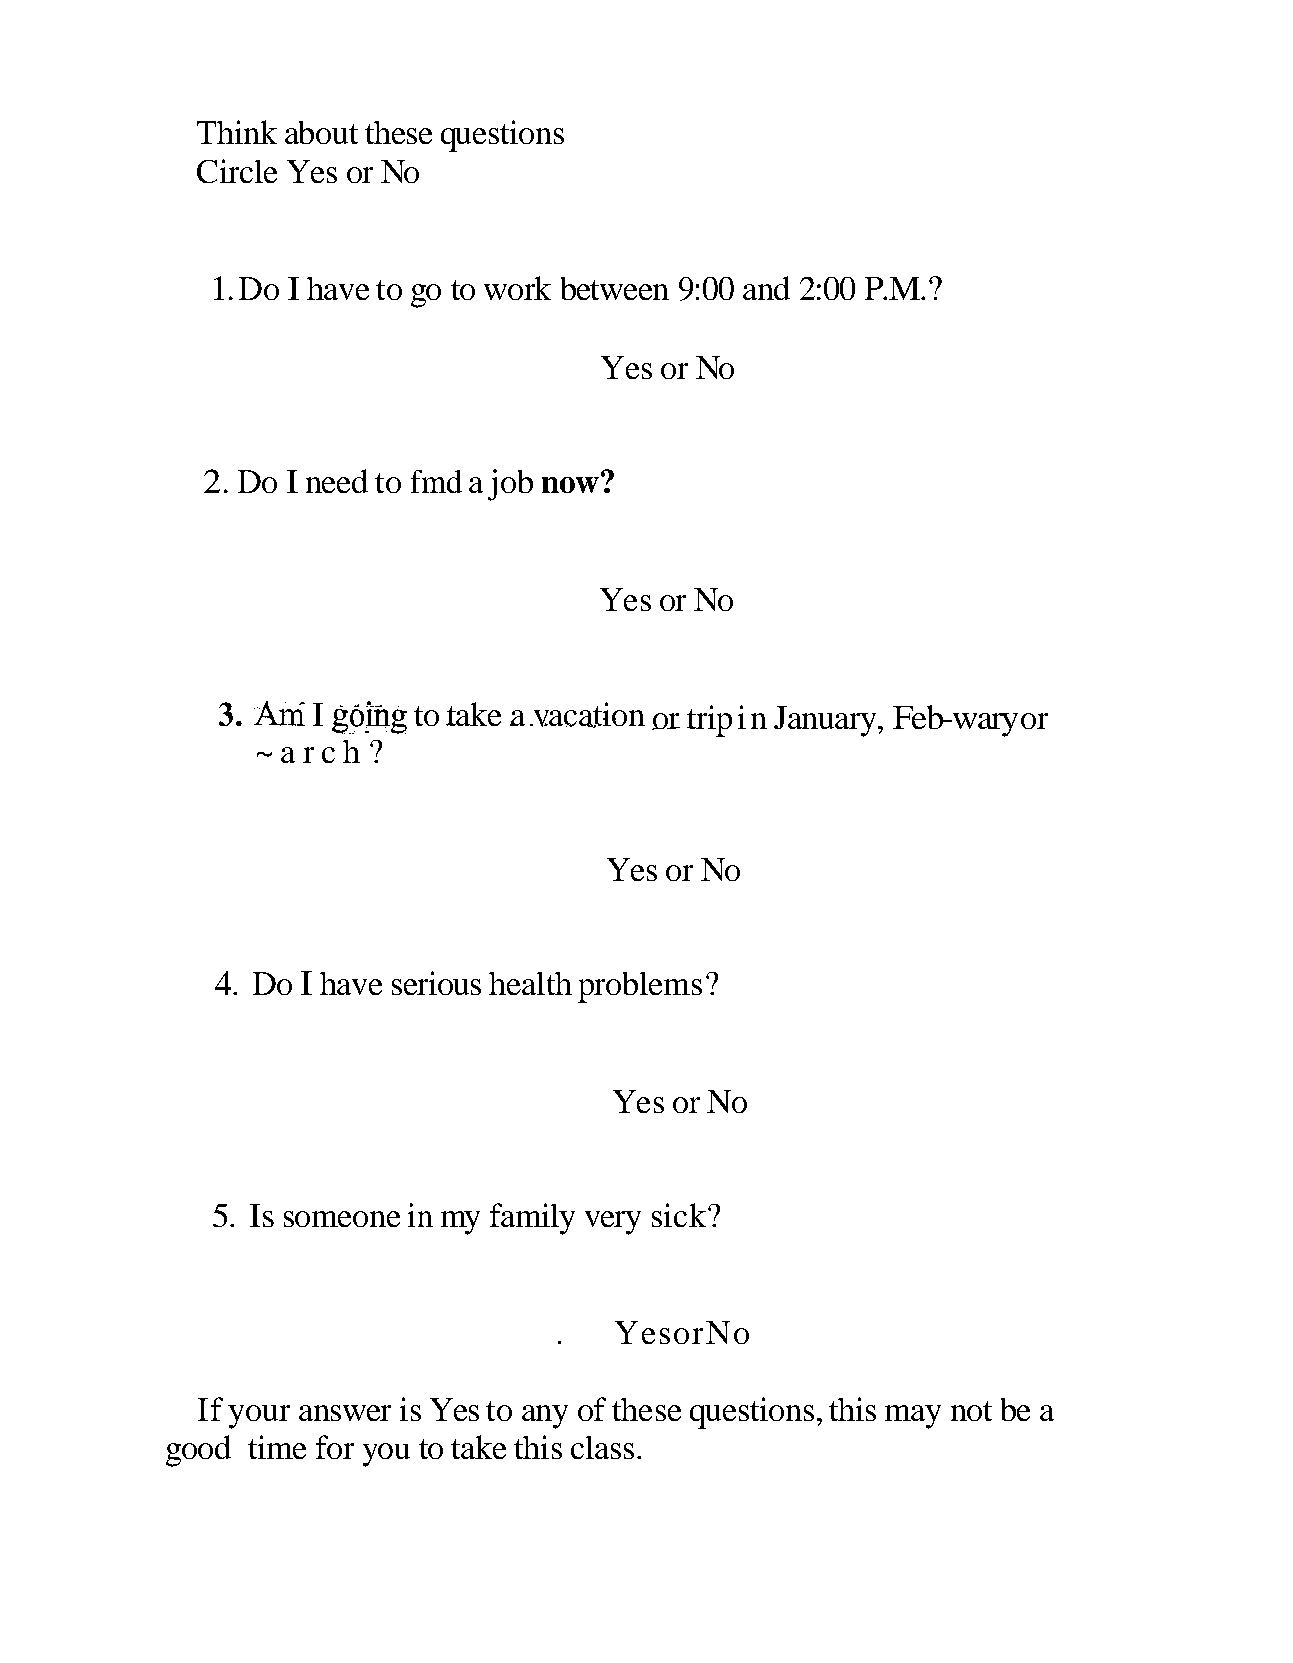
Think about these questions
 Circle Yes or No
 1. Do I have to go to work between 9:00 and 2:00 P.M.?
 Yes or No
 2. Do I need to fmd a job now?
 Yes or No
 3. h*I  g o@g to -t ake .a .v .. ac - a-t -io - n o
 -
 r -t rip in January, Feb-wary or
 .-
 ~ a r c h ?
 Yes or No
 4. Do I have serious health problems?
 Yes or No
 5. Is someone in my family very sick?
 YesorNo
 .
 If your answer is Yes to any of these questions, this may not be a
 good time for you to take this class.